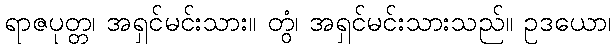
ရာဇပုတ္တ၊ အရှင်မင်းသား။ တွံ၊ အရှင်မင်းသားသည်။ ဥဒယော၊